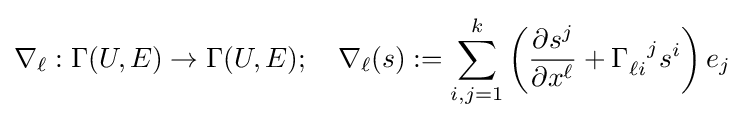
\nabla _{\ell }:\Gamma (U,E)\to \Gamma (U,E);\quad \nabla _{\ell }(s):=\sum _{i,j=1}^{k}\left({\frac {\partial s^{j}}{\partial x^{\ell }}}+\Gamma _{\ell i}^{\ \ j}s^{i}\right)e_{j}